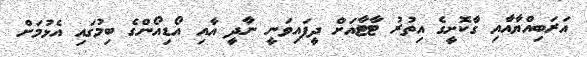
އަރަބިއްޔާއާއި ގާކޮށީގެ އިތުރު ޓާޓާއަށް ދީފައިވަނީ ނާދީ އާއި އޯޑިއޯންގެ ބިމުގައި އެޅުމަށް